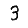
Digit: 3